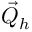
{ \vec { Q } } _ { h }